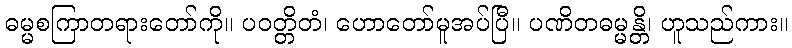
ဓမ္မစကြာတရားတော်ကို။ ပဝတ္တိတံ၊ ဟောတော်မူအပ်ပြီ။ ပဏိတဓမ္မန္တိ၊ ဟူသည်ကား။